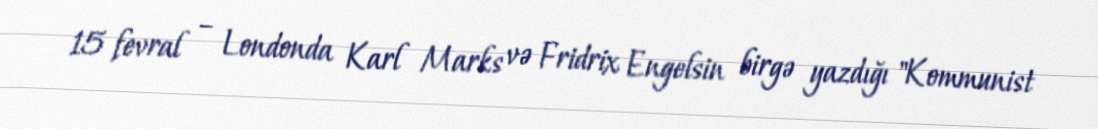
15 fevral – Londonda Karl Marks və Fridrix Engelsin birgə yazdığı "Kommunist